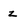
Character: z